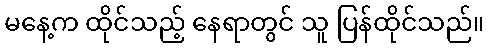
မနေ့က ထိုင်သည့် နေရာတွင် သူ ပြန်ထိုင်သည်။